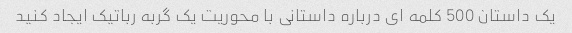
یک داستان 500 کلمه ای درباره داستانی با محوریت یک گربه رباتیک ایجاد کنید